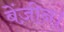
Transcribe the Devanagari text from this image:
बेंज़ीन।